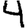
Digit: 4